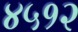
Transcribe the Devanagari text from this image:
४५१२